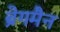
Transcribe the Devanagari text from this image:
ब्रेगमैन